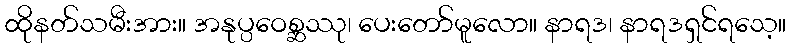
ထိုနတ်သမီးအား။ အနုပ္ပဝေစ္ဆဿု၊ ပေးတော်မူလော။ နာရဒ၊ နာရဒရှင်ရသေ့။